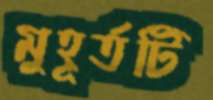
মুহূর্তটি